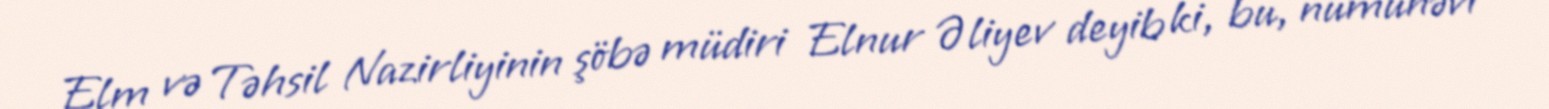
Elm və Təhsil Nazirliyinin şöbə müdiri Elnur Əliyev deyib ki, bu, nümunəvi